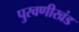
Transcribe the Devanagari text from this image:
पुरवणीखंड